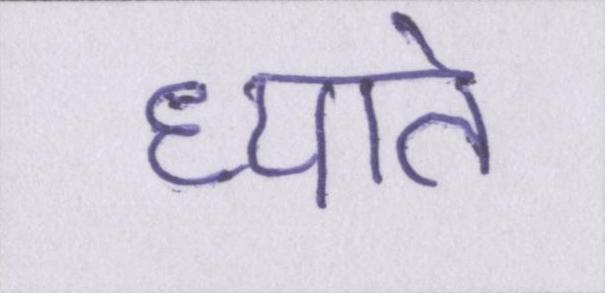
ध्याते